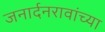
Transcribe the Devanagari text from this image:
जनार्दनरावांच्या